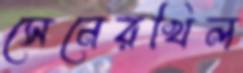
সেনেরখিল